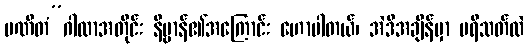
ပဏီတံ”ဂါထာအတိုင်း နိဗ္ဗာန်၏အကြောင်း ဟောပါတယ်၊ အဲဒီအချိန်မှာ ပရိသတ်လဲ